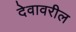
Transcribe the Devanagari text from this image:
देवावरील